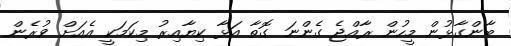
ބާންގާޅުން މީހުން ރާއްޖެ ގެންނަ ގޮތާ އަޅާ ކިޔާއިރު މިކަމަކީ އެއަށް ވުރެން